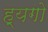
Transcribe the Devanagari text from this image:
ह्यगो